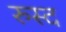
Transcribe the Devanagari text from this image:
रुस्द